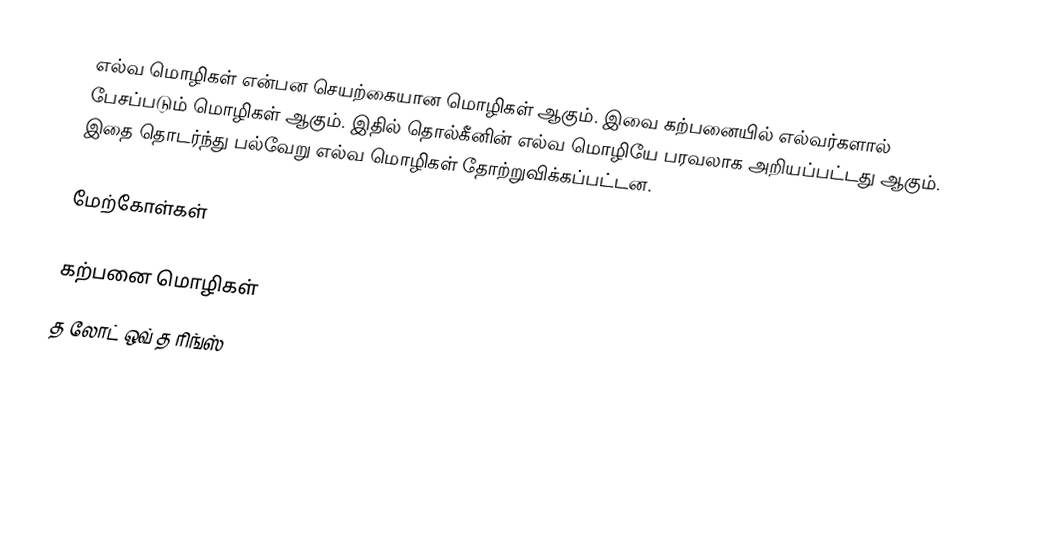
எல்வ மொழிகள் என்பன செயற்கையான மொழிகள் ஆகும். இவை கற்பனையில் எல்வர்களால் பேசப்படும் மொழிகள் ஆகும். இதில் தொல்கீனின் எல்வ மொழியே பரவலாக அறியப்பட்டது ஆகும். இதை தொடர்ந்து பல்வேறு எல்வ மொழிகள் தோற்றுவிக்கப்பட்டன.

மேற்கோள்கள்

கற்பனை மொழிகள்
த லோட் ஒவ் த ரிங்ஸ்